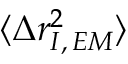
\langle \Delta r _ { I , \, E M } ^ { 2 } \rangle